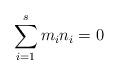
LaTeX: \begin{align*} \sum_{i = 1}^s m_i n_i = 0\end{align*}